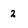
Character: 2